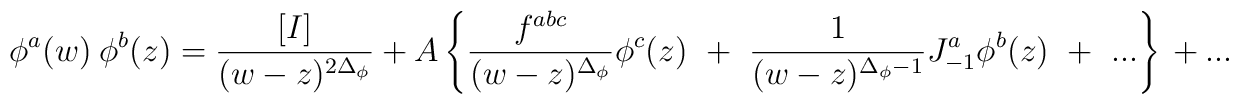
\phi^a(w)~\phi^b(z)={[I]\over(w-z)^{2\Delta_\phi}}~+~A\left\{ {f^{abc}\over(w-z)^{\Delta_\phi}}\phi^c(z)~+~{1\over(w-z)^{\Delta_\phi-1}}J^a_{-1}\phi^b(z){}~+~...\right\}~+~...